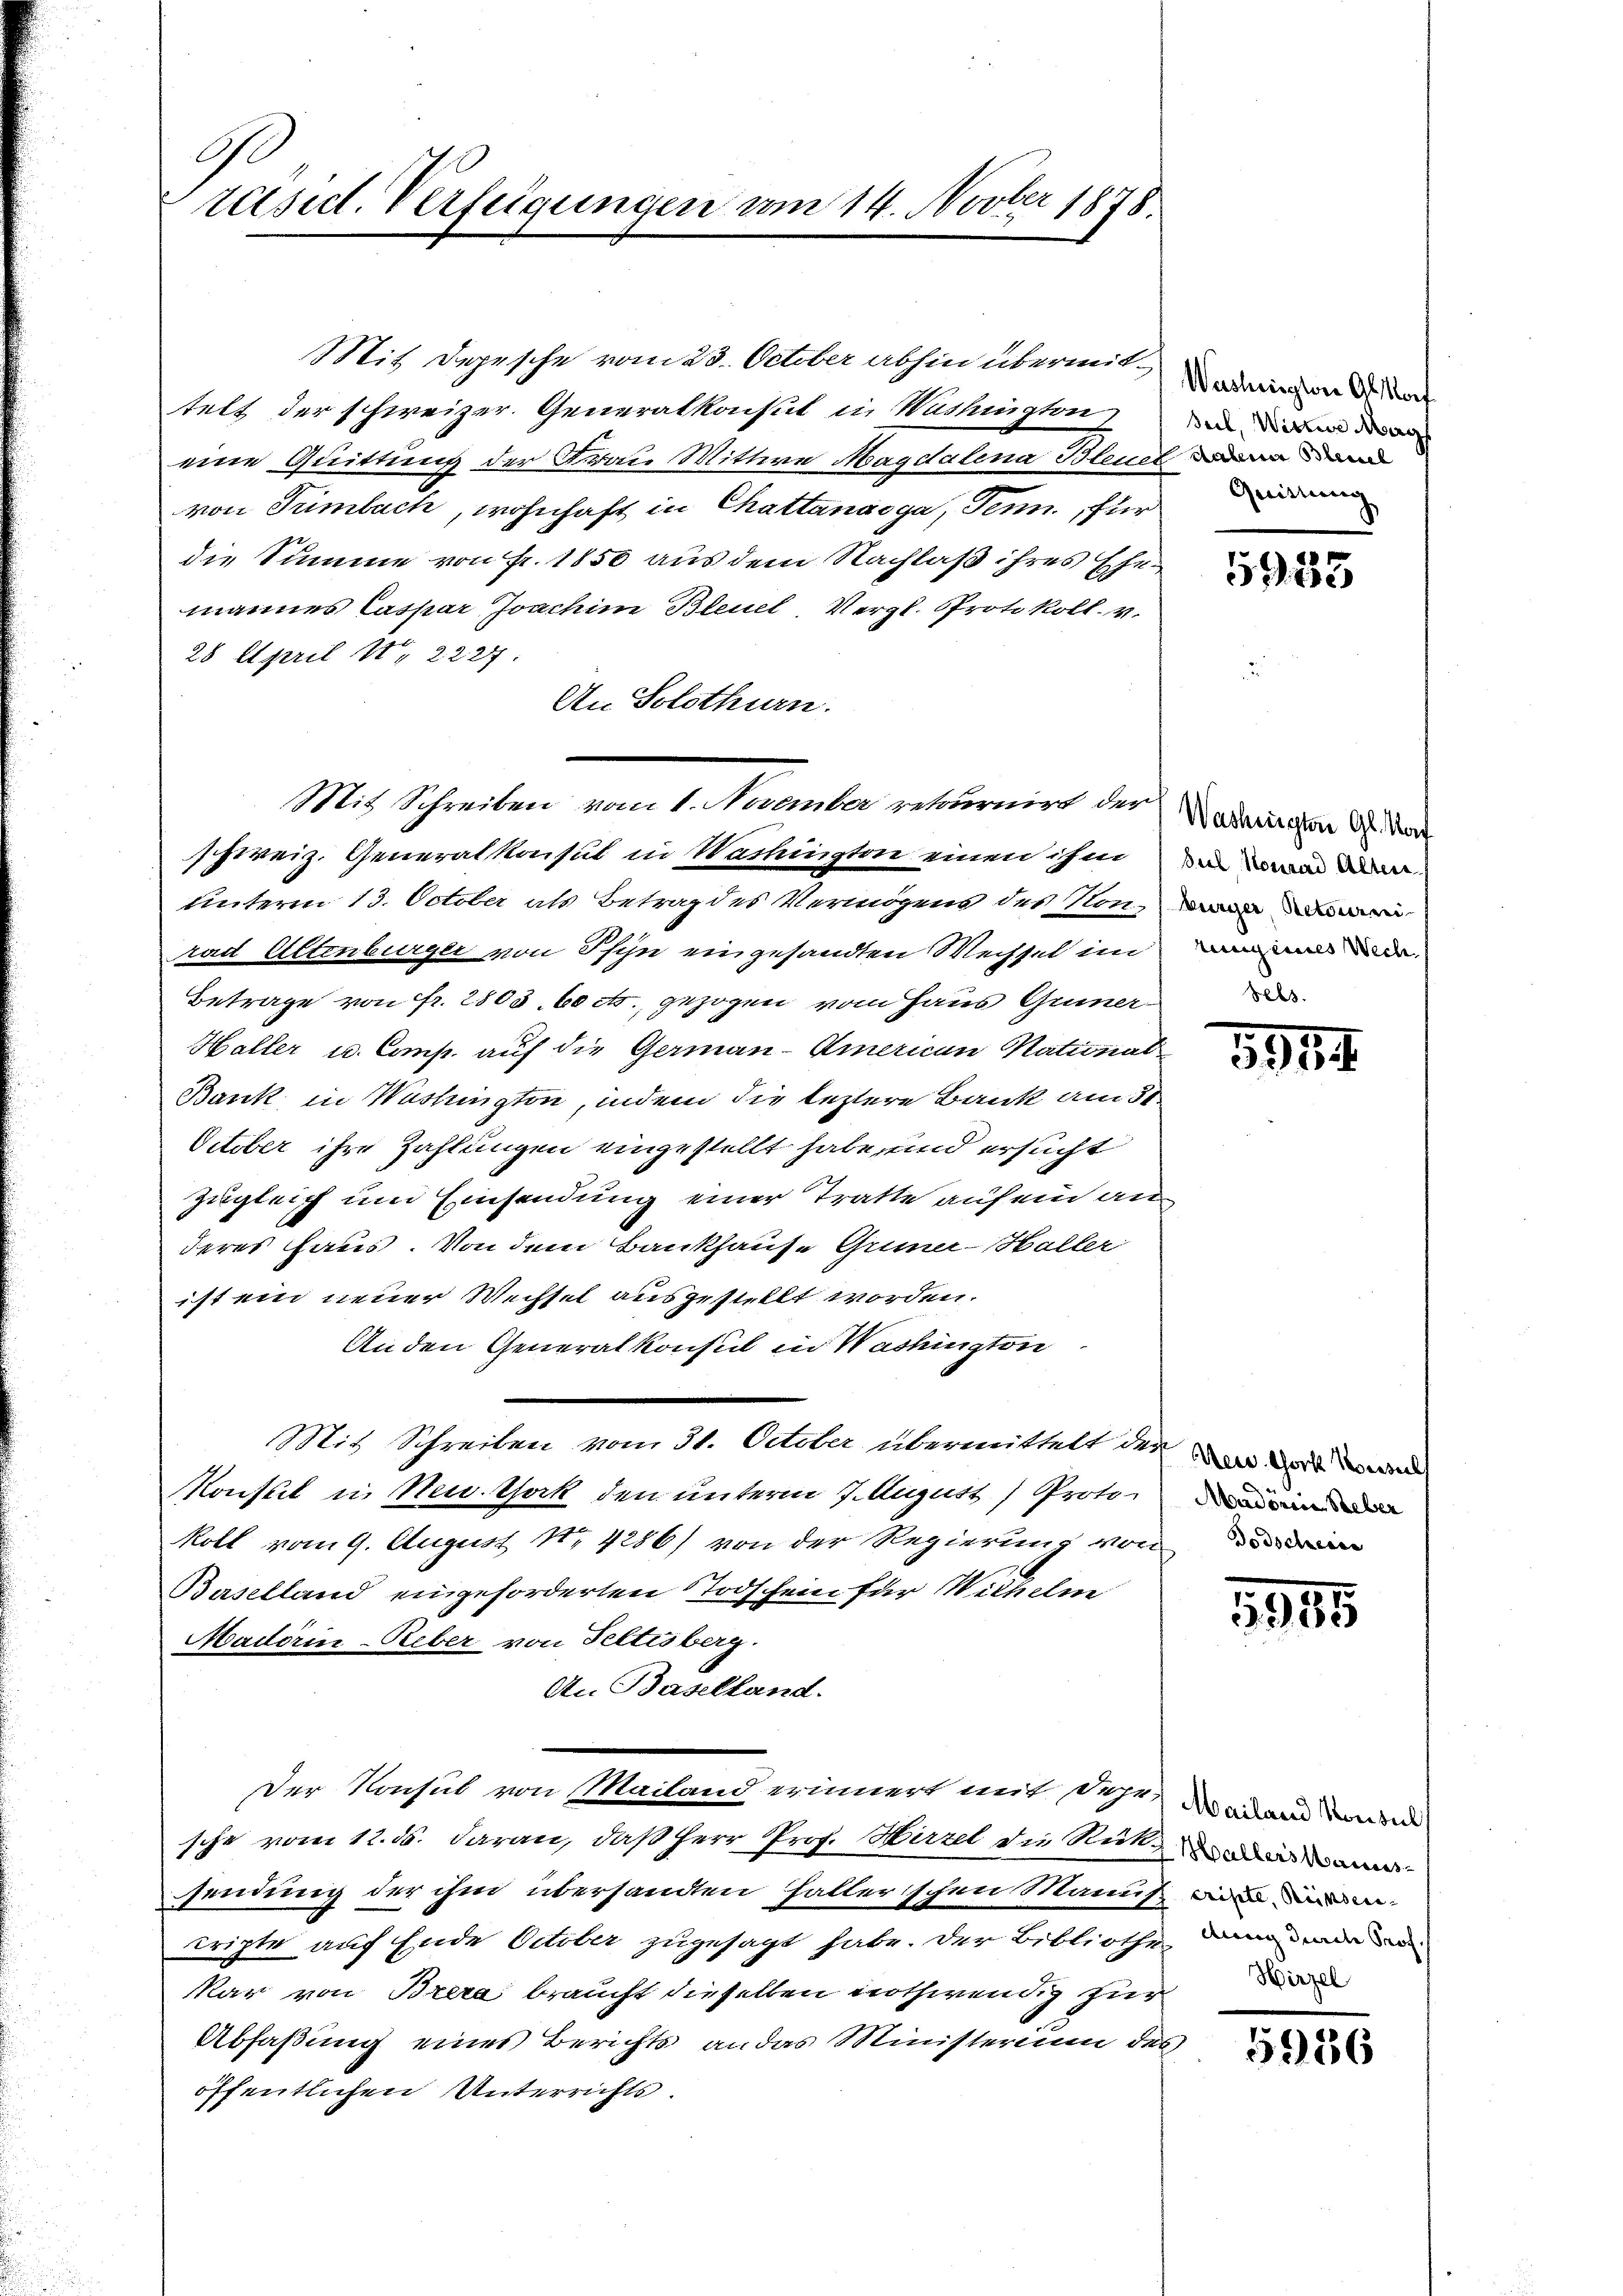
G
räsid. Verfügungen vom 14. Novber 1878.

eine Quittung der Frau Mittwe Magdalena Bleuer
von Sümbuch, wohnhaft in Chattanaoga, Senn, für
die Summe von fr. 1850 aus dem Nachlaß ihres Ehemannes Caspar Joachim Bleuel, Vergl. Protokoll. v.
28 April 11. 2227
An Solothurn.
schweiz. Generalkonsul in Washingten einen ihm in
Unterm 13. October als Betrag des Vermögens des Nonn
rad Altenburger von Pfyn eingesandten Wechsel im wer
Betrage von Fr. 2803. 60 cts. gezogen vom Haus Gümner-
Haller u. Comp. auf die German-American National
Bank in Washingten, indem die leztere Bank am 31.
October ihre Zahlungen eingestellt habe, und ersucht
zugleich um Einsendung einer Tratte auf ein au
deres Haus. Von dem Bankhause Gumer-Halter
ist ein neuer Wechsel ausgestellt worden.
Anden Generalkonsul in Washington
Mit Schreiben vom 31. October übermittelt der er dort werd
Monsul in Neuthork den unterm 7. August) Proto¬
Roll vom 9. August N. 4286) von der Regierung von der einen
Baselland eingeforderten Stodschein für Wichelm
Madtörin-Reber von Feltisberg.
An Baselland.
Der Konsul von Mailand erinnert mit dehe daran die
sche vom 12. ds. daran, daß Herr Prof. Hirzel die Rüksendung der ihm übersandten halterschen Manus in
cripte auf Ende October zugesagt habe, der Bibliothe dann mir en
kar von Brera braucht dieselben nothwendig zur
Abfaßung eines Berichts an das Ministerium des
öffentlichen Unterrichts.

Mit Depesche vom 28. October abhin übermit deinen der
telt der schweizer. Generalkonsul in Washingten die der

Mit Schreiben vom 1. November retournirt der

daten Bleisel
Quittung

1933

Washington Gl. Kaf
Sebs

5354.

Madonia Reber

955

Hirzel

5986